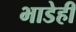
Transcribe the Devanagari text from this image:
भाडेही